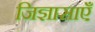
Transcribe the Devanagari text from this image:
जिज्ञासाएँ